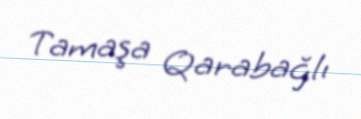
Tamaşa Qarabağlı